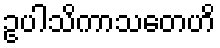
ဥပါသိကာသတေဟိ